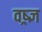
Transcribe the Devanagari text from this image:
वष्र्ज्ञ